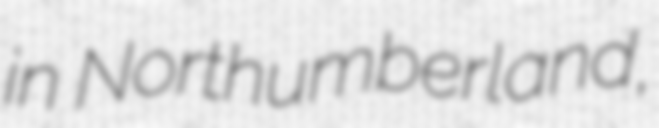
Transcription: in Northumberland,